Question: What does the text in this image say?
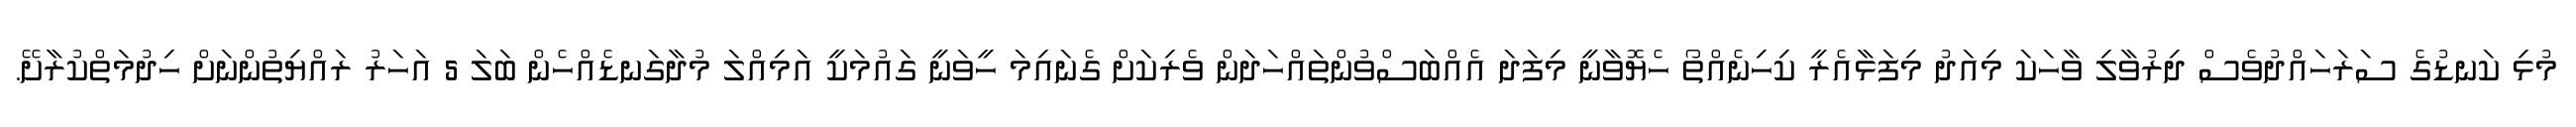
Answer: މުޅި ކަނޑުގެ ސަރަހައްދުވެސް ދިރުވާލި ވާހަކަ މިއަދު މިފަޅާއެރީ ކިހިނެއްތޯ ހެޔޮވާނީ މިފަދަ އެއްބަސްވުންތައްހަދަން ވެރިކަށް ގެނައިމަ ހީވަނީ ގައުމަކީ އަމިއްލަ މުދާގަނޑެއްހެން ބަލަ 5 އަހަރު ރައްޔިތުންނަށް ހިދުމަތްކުރާށޭ.